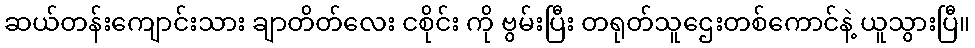
ဆယ်တန်းကျောင်းသား ချာတိတ်လေး ငစိုင်း ကို ဗွမ်းပြီး တရုတ်သူဌေးတစ်ကောင်နဲ့ ယူသွားပြီ။